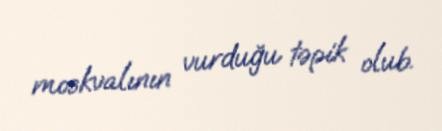
moskvalının vurduğu təpik olub.